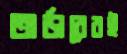
অর্ডারেরই